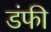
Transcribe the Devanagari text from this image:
डंफी